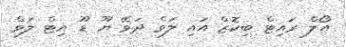
އޯލް ރައިޓް ބިކޮޒް އައި ލަވް ދަވޭ ޔޫ ޑޫ އިޓް ލަވް